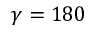
\gamma = 1 8 0